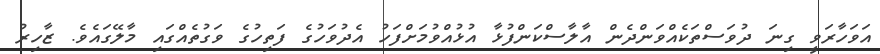
އަވަހާރަވީ ގިނަ ދުވަސްތަކެއްވަންދެން އާލާސްކަންފުޅާ އުޅުއްވުމަށްފަހު އެދުވަހުގެ ފަތިހުގެ ވަގުތެއްގައި މާލޭގައެވެ. ޒާހިރު